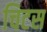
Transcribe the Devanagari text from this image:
चिटस